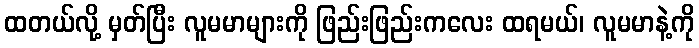
ထတယ်လို့ မှတ်ပြီး လူမမာများကို ဖြည်းဖြည်းကလေး ထရမယ်၊ လူမမာနဲ့ကို